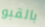
بالقبو